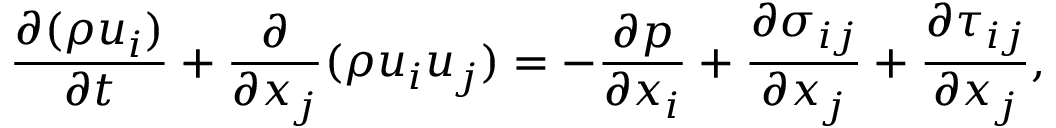
\frac { { \partial ( \rho { u _ { i } } ) } } { { \partial t } } + \frac { \partial } { { \partial { x _ { j } } } } ( \rho { u _ { i } } { u _ { j } } ) = - \frac { { \partial p } } { { \partial { x _ { i } } } } + \frac { { \partial { \sigma _ { i j } } } } { { \partial { x _ { j } } } } + \frac { { \partial { \tau _ { i j } } } } { { \partial { x _ { j } } } } ,